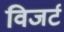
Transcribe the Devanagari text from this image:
विजर्ट